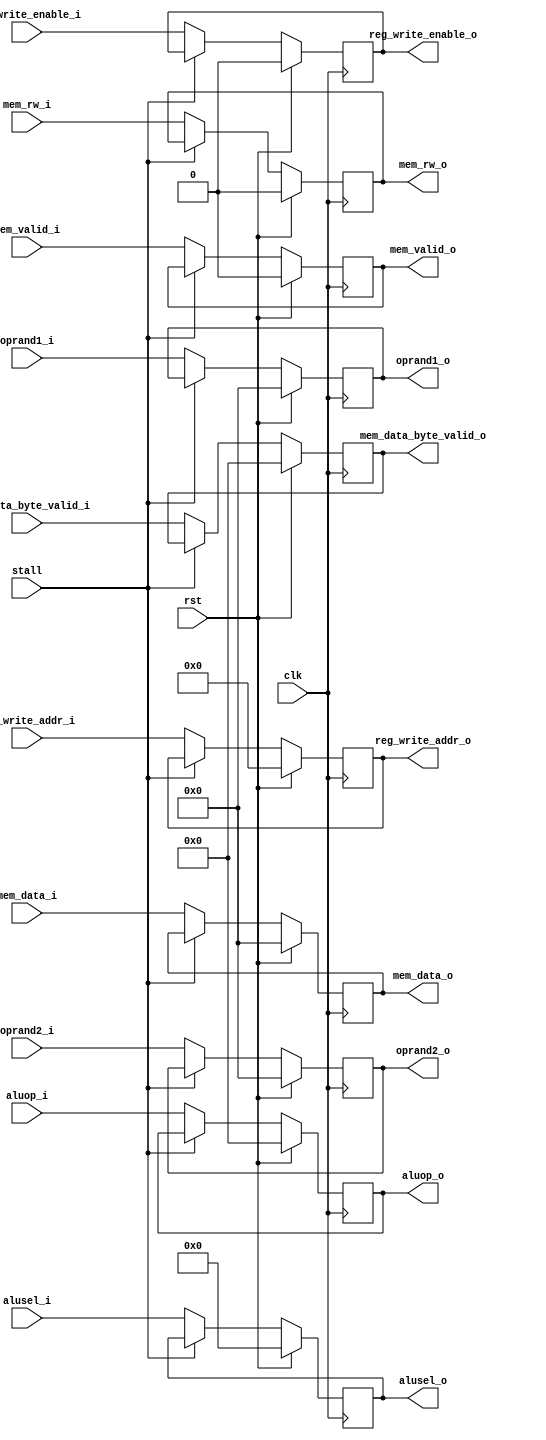
module id_ex (
	input wire clk,
	input wire rst,
	
	input wire[7:0] aluop_i,
	input wire[3:0] alusel_i,
	input wire[63:0] oprand1_i,
	input wire[63:0] oprand2_i,
	input wire[4:0] reg_write_addr_i,
	input wire reg_write_enable_i,
	input wire mem_valid_i,
	input wire mem_rw_i,
	input wire[63:0] mem_data_i,
	input wire[7:0] mem_data_byte_valid_i,

	input wire stall,
	
	output reg[7:0] aluop_o,
	output reg[3:0] alusel_o,
	output reg[63:0] oprand1_o,
	output reg[63:0] oprand2_o,
	output reg[4:0] reg_write_addr_o,
	output reg reg_write_enable_o,
	output reg mem_valid_o,
	output reg mem_rw_o,
	output reg[63:0] mem_data_o,
	output reg[7:0] mem_data_byte_valid_o
);

	always @ (posedge clk) begin
		if (rst == 1'b1) begin
			aluop_o <= 8'b0;
			alusel_o <= 3'b0;
			oprand1_o <= 64'b0;
			oprand2_o <= 64'b0;
			reg_write_enable_o <= 1'b0;
			reg_write_addr_o <= 4'b0;
			mem_valid_o <= 1'b0;
			mem_rw_o <= 1'b0;
			mem_data_o <= 64'b0;
			mem_data_byte_valid_o <= 8'b0;
		end else if(stall != 1'b1) begin
			aluop_o <= aluop_i;
			alusel_o <= alusel_i;
			oprand1_o <= oprand1_i;
			oprand2_o <= oprand2_i;
			reg_write_enable_o <= reg_write_enable_i;
			reg_write_addr_o <= reg_write_addr_i;
			mem_valid_o <= mem_valid_i;
			mem_rw_o <= mem_rw_i;
			mem_data_o <= mem_data_i;
			mem_data_byte_valid_o <= mem_data_byte_valid_i;
		end
	end

endmodule